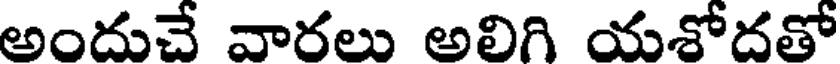
అందుచే వారలు అలిగి యశోదతో